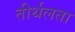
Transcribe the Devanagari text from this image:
तीर्थलता